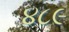
૪૮૯